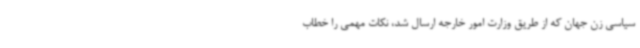
سیاسی زن جهان که از طریق وزارت امور خارجه ارسال شد، نکات مهمی را خطاب